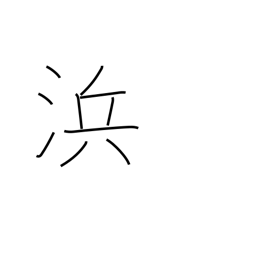
Meaning: seacoast